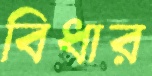
বিধার